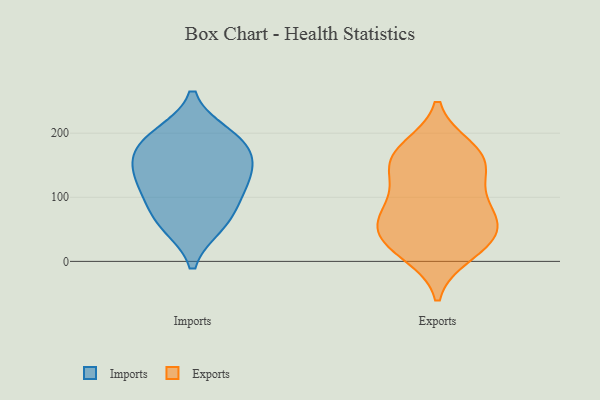
{"axis": {"x": "Waste Production (Tons)", "y": "Value"}, "legend": ["Exports", "Imports"], "data": [{"x": "", "y": 61, "type": "Imports"}, {"x": "", "y": 197, "type": "Imports"}, {"x": "", "y": 137, "type": "Imports"}, {"x": "", "y": 170, "type": "Imports"}, {"x": "", "y": 132, "type": "Imports"}, {"x": "", "y": 168, "type": "Imports"}, {"x": "", "y": 116, "type": "Imports"}, {"x": "", "y": 92, "type": "Imports"}, {"x": "", "y": 57, "type": "Imports"}, {"x": "", "y": 193, "type": "Imports"}, {"x": "", "y": 37, "type": "Exports"}, {"x": "", "y": 173, "type": "Exports"}, {"x": "", "y": 19, "type": "Exports"}, {"x": "", "y": 155, "type": "Exports"}, {"x": "", "y": 84, "type": "Exports"}, {"x": "", "y": 11, "type": "Exports"}, {"x": "", "y": 54, "type": "Exports"}, {"x": "", "y": 33, "type": "Exports"}, {"x": "", "y": 141, "type": "Exports"}, {"x": "", "y": 90, "type": "Exports"}, {"x": "", "y": 177, "type": "Exports"}, {"x": "", "y": 126, "type": "Exports"}, {"x": "", "y": 62, "type": "Exports"}, {"x": "", "y": 65, "type": "Exports"}, {"x": "", "y": 161, "type": "Exports"}]}